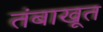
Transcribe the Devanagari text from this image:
तंबाखूत